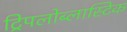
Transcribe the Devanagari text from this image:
ट्रिपलोब्लास्टिक